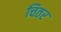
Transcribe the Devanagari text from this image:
चितर